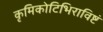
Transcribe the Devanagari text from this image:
कृमिकोटिभिराविष्टं